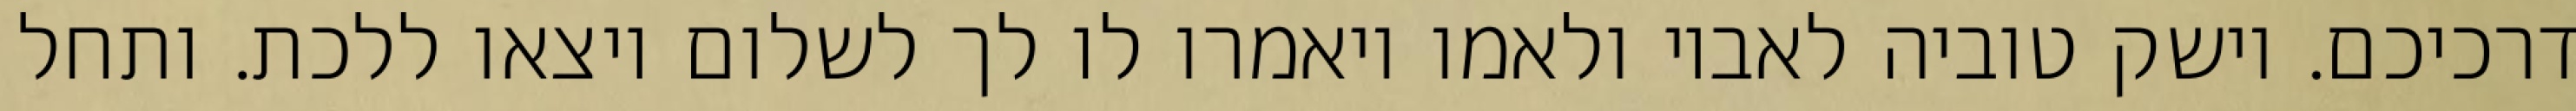
דרכיכם. וישק טוביה לאביו ולאמו ויאמרו לו לך לשלום ויצאו ללכת. ותחל